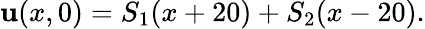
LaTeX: \mathbf{u}(x,0)=S_{1}(x+20)+S_{2}(x-20).